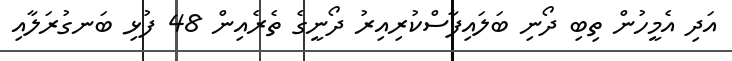
އަދި އެމީހުން ތިބި ދޯނި ބަލައިފާސްކުރިއިރު ދޯނީގެ ތެރެއިން 48 ފުޅި ބަނގުރަލާއި